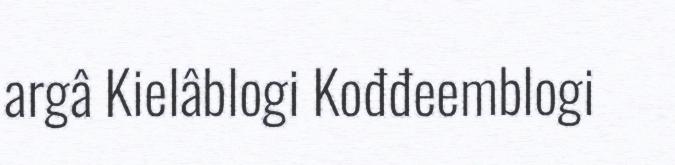
argâ Kielâblogi Kođđeemblogi